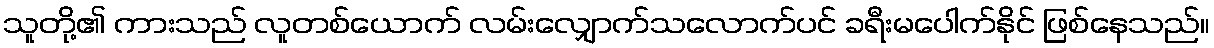
သူတို့၏ ကားသည် လူတစ်ယောက် လမ်းလျှောက်သလောက်ပင် ခရီးမပေါက်နိုင် ဖြစ်နေသည်။